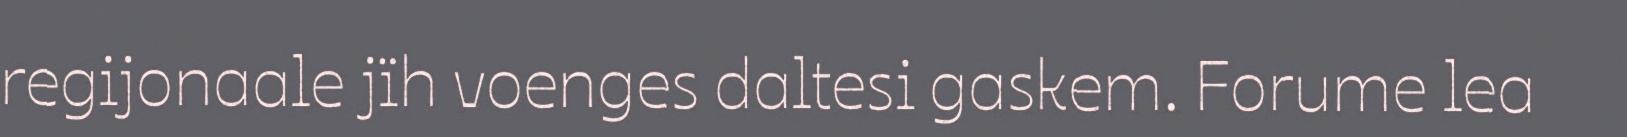
regijonaale jïh voenges daltesi gaskem. Forume lea